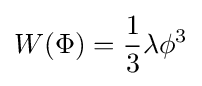
W(\Phi )={\frac {1}{3}}\lambda \phi ^{3}